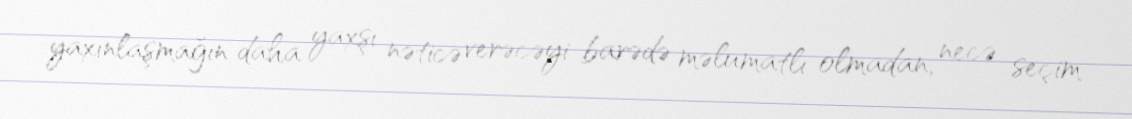
yaxınlaşmağın daha yaxşı nəticə verəcəyi barədə məlumatlı olmadan, necə seçim